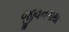
જીવનગાથા